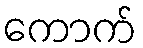
ကောက်